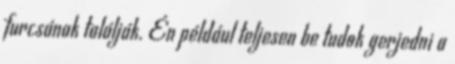
furcsának találják. Én például teljesen be tudok gerjedni a